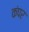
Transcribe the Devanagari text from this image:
कंपर